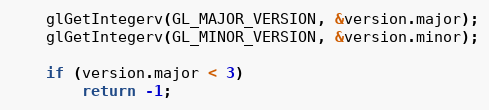
Language: C
	glGetIntegerv(GL_MAJOR_VERSION, &version.major);
	glGetIntegerv(GL_MINOR_VERSION, &version.minor);

	if (version.major < 3)
		return -1;